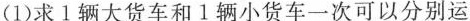
(1)求1辆大货车和1辆小货车一次可以分别运